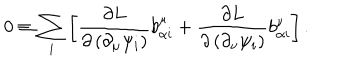
LaTeX: 0 \equiv \sum _ { i } \left[ \frac { \partial L } { \partial \left( \partial _ { \mu } \psi _ { i } \right) } b _ { \alpha i } ^ { \mu } + \frac { \partial L } { \partial \left( \partial _ { \nu } \psi _ { i } \right) } b _ { \alpha i } ^ { \nu } \right] .